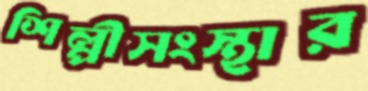
শিল্পীসংস্থার